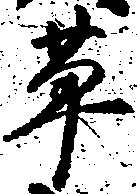
草